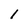
Character: 1